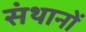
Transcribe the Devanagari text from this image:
संथानों